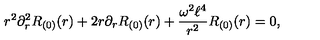
r ^ { 2 } \partial _ { r } ^ { 2 } R _ { ( 0 ) } ( r ) + 2 r \partial _ { r } R _ { ( 0 ) } ( r ) + \frac { \omega ^ { 2 } \ell ^ { 4 } } { r ^ { 2 } } R _ { ( 0 ) } ( r ) = 0 ,